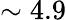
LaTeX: \sim 4.9